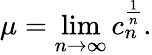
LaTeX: \mu=\operatorname*{lim}_{n\to\infty}c_{n}^{\frac{1}{n}}.